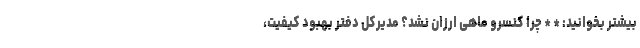
بیشتر بخوانید: * * چرا کنسرو ماهی ارزان نشد؟ مدیرکل دفتر بهبود کیفیت،